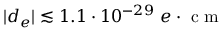
| d _ { e } | \lesssim 1 . 1 \cdot 1 0 ^ { - 2 9 } \ e \cdot \textrm { c m }